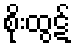
စိုးထွဋ်